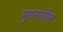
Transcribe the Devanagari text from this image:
मुरुगाडॉस